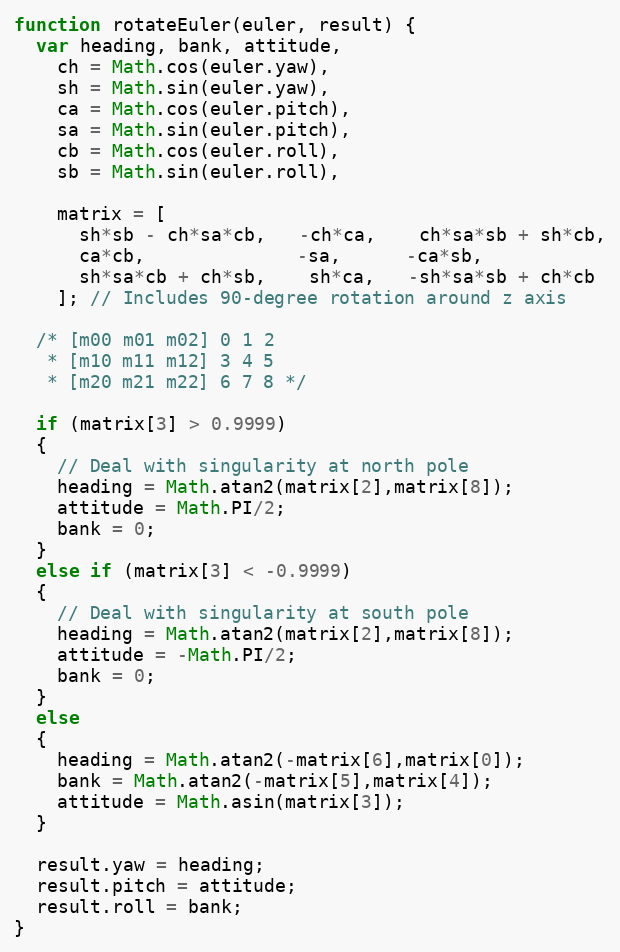
Language: JavaScript
function rotateEuler(euler, result) {
  var heading, bank, attitude,
    ch = Math.cos(euler.yaw),
    sh = Math.sin(euler.yaw),
    ca = Math.cos(euler.pitch),
    sa = Math.sin(euler.pitch),
    cb = Math.cos(euler.roll),
    sb = Math.sin(euler.roll),

    matrix = [
      sh*sb - ch*sa*cb,   -ch*ca,    ch*sa*sb + sh*cb,
      ca*cb,              -sa,      -ca*sb,
      sh*sa*cb + ch*sb,    sh*ca,   -sh*sa*sb + ch*cb
    ]; // Includes 90-degree rotation around z axis

  /* [m00 m01 m02] 0 1 2
   * [m10 m11 m12] 3 4 5
   * [m20 m21 m22] 6 7 8 */

  if (matrix[3] > 0.9999)
  {
    // Deal with singularity at north pole
    heading = Math.atan2(matrix[2],matrix[8]);
    attitude = Math.PI/2;
    bank = 0;
  }
  else if (matrix[3] < -0.9999)
  {
    // Deal with singularity at south pole
    heading = Math.atan2(matrix[2],matrix[8]);
    attitude = -Math.PI/2;
    bank = 0;
  }
  else
  {
    heading = Math.atan2(-matrix[6],matrix[0]);
    bank = Math.atan2(-matrix[5],matrix[4]);
    attitude = Math.asin(matrix[3]);
  }

  result.yaw = heading;
  result.pitch = attitude;
  result.roll = bank;
}